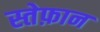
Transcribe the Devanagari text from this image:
स्तेफ़ान